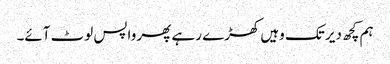
ہم کچھ دیر تک وہیں کھڑے رہے پھر واپس لوٹ آئے۔